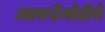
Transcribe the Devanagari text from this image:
आकडेमोडीने